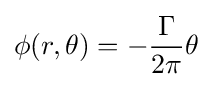
\phi (r,\theta )=-{\frac {\Gamma }{2\pi }}\theta